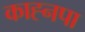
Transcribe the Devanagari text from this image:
काह्नपा